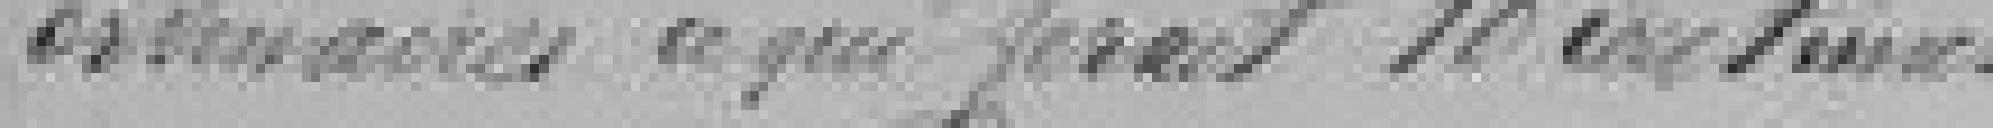
ordinaires ce qui ferait 18 centimes.